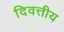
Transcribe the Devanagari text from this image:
दिवत्तीय